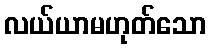
လယ်ယာမဟုတ်သော